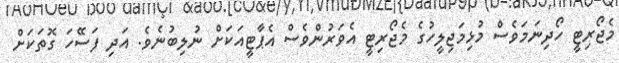
މެޖޯރިޓީ ހޯދިނަމަވެސް މުޅިމަޖިލީހުގެ މެޖޯރިޓީ އެވަރުންވެސް އެޕާޓީއަކަށް ނުލިބުނެވެ. އަދި ފަސޭހަ ގޮތަކަށް